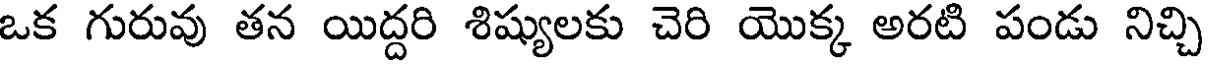
ఒక గురువు తన యిద్దరి శిష్యులకు చెరి యొక్క అరటి పండు నిచ్చి